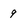
Character: q